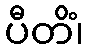
ပီတိံ၊